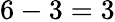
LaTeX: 6-3=3